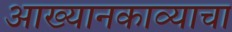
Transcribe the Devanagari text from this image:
आख्यानकाव्याचा